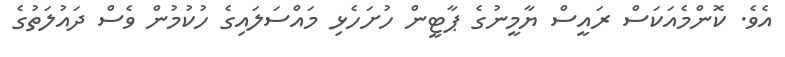
އެވެ. ކޮންމެއަކަސް ރައީސް ޔާމީނުގެ ޕާޓީން ހުށަހެޅި މައްސަލައިގެ ހުކުމުން ވެސް ދައުލަތުގެ